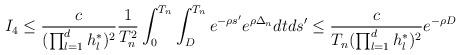
LaTeX: \begin{align*}{}I_4 & \le \frac{c}{(\prod_{l = 1}^d h_l^*)^2} \frac{1}{T_n^2} \int_0^{T_n} \int_{ D}^{T_n} e^{- \rho s'} e^{\rho \Delta_n} dt ds'\le \frac{c}{T_n(\prod_{l = 1}^d h_l^*)^2} e^{- \rho D} \end{align*}